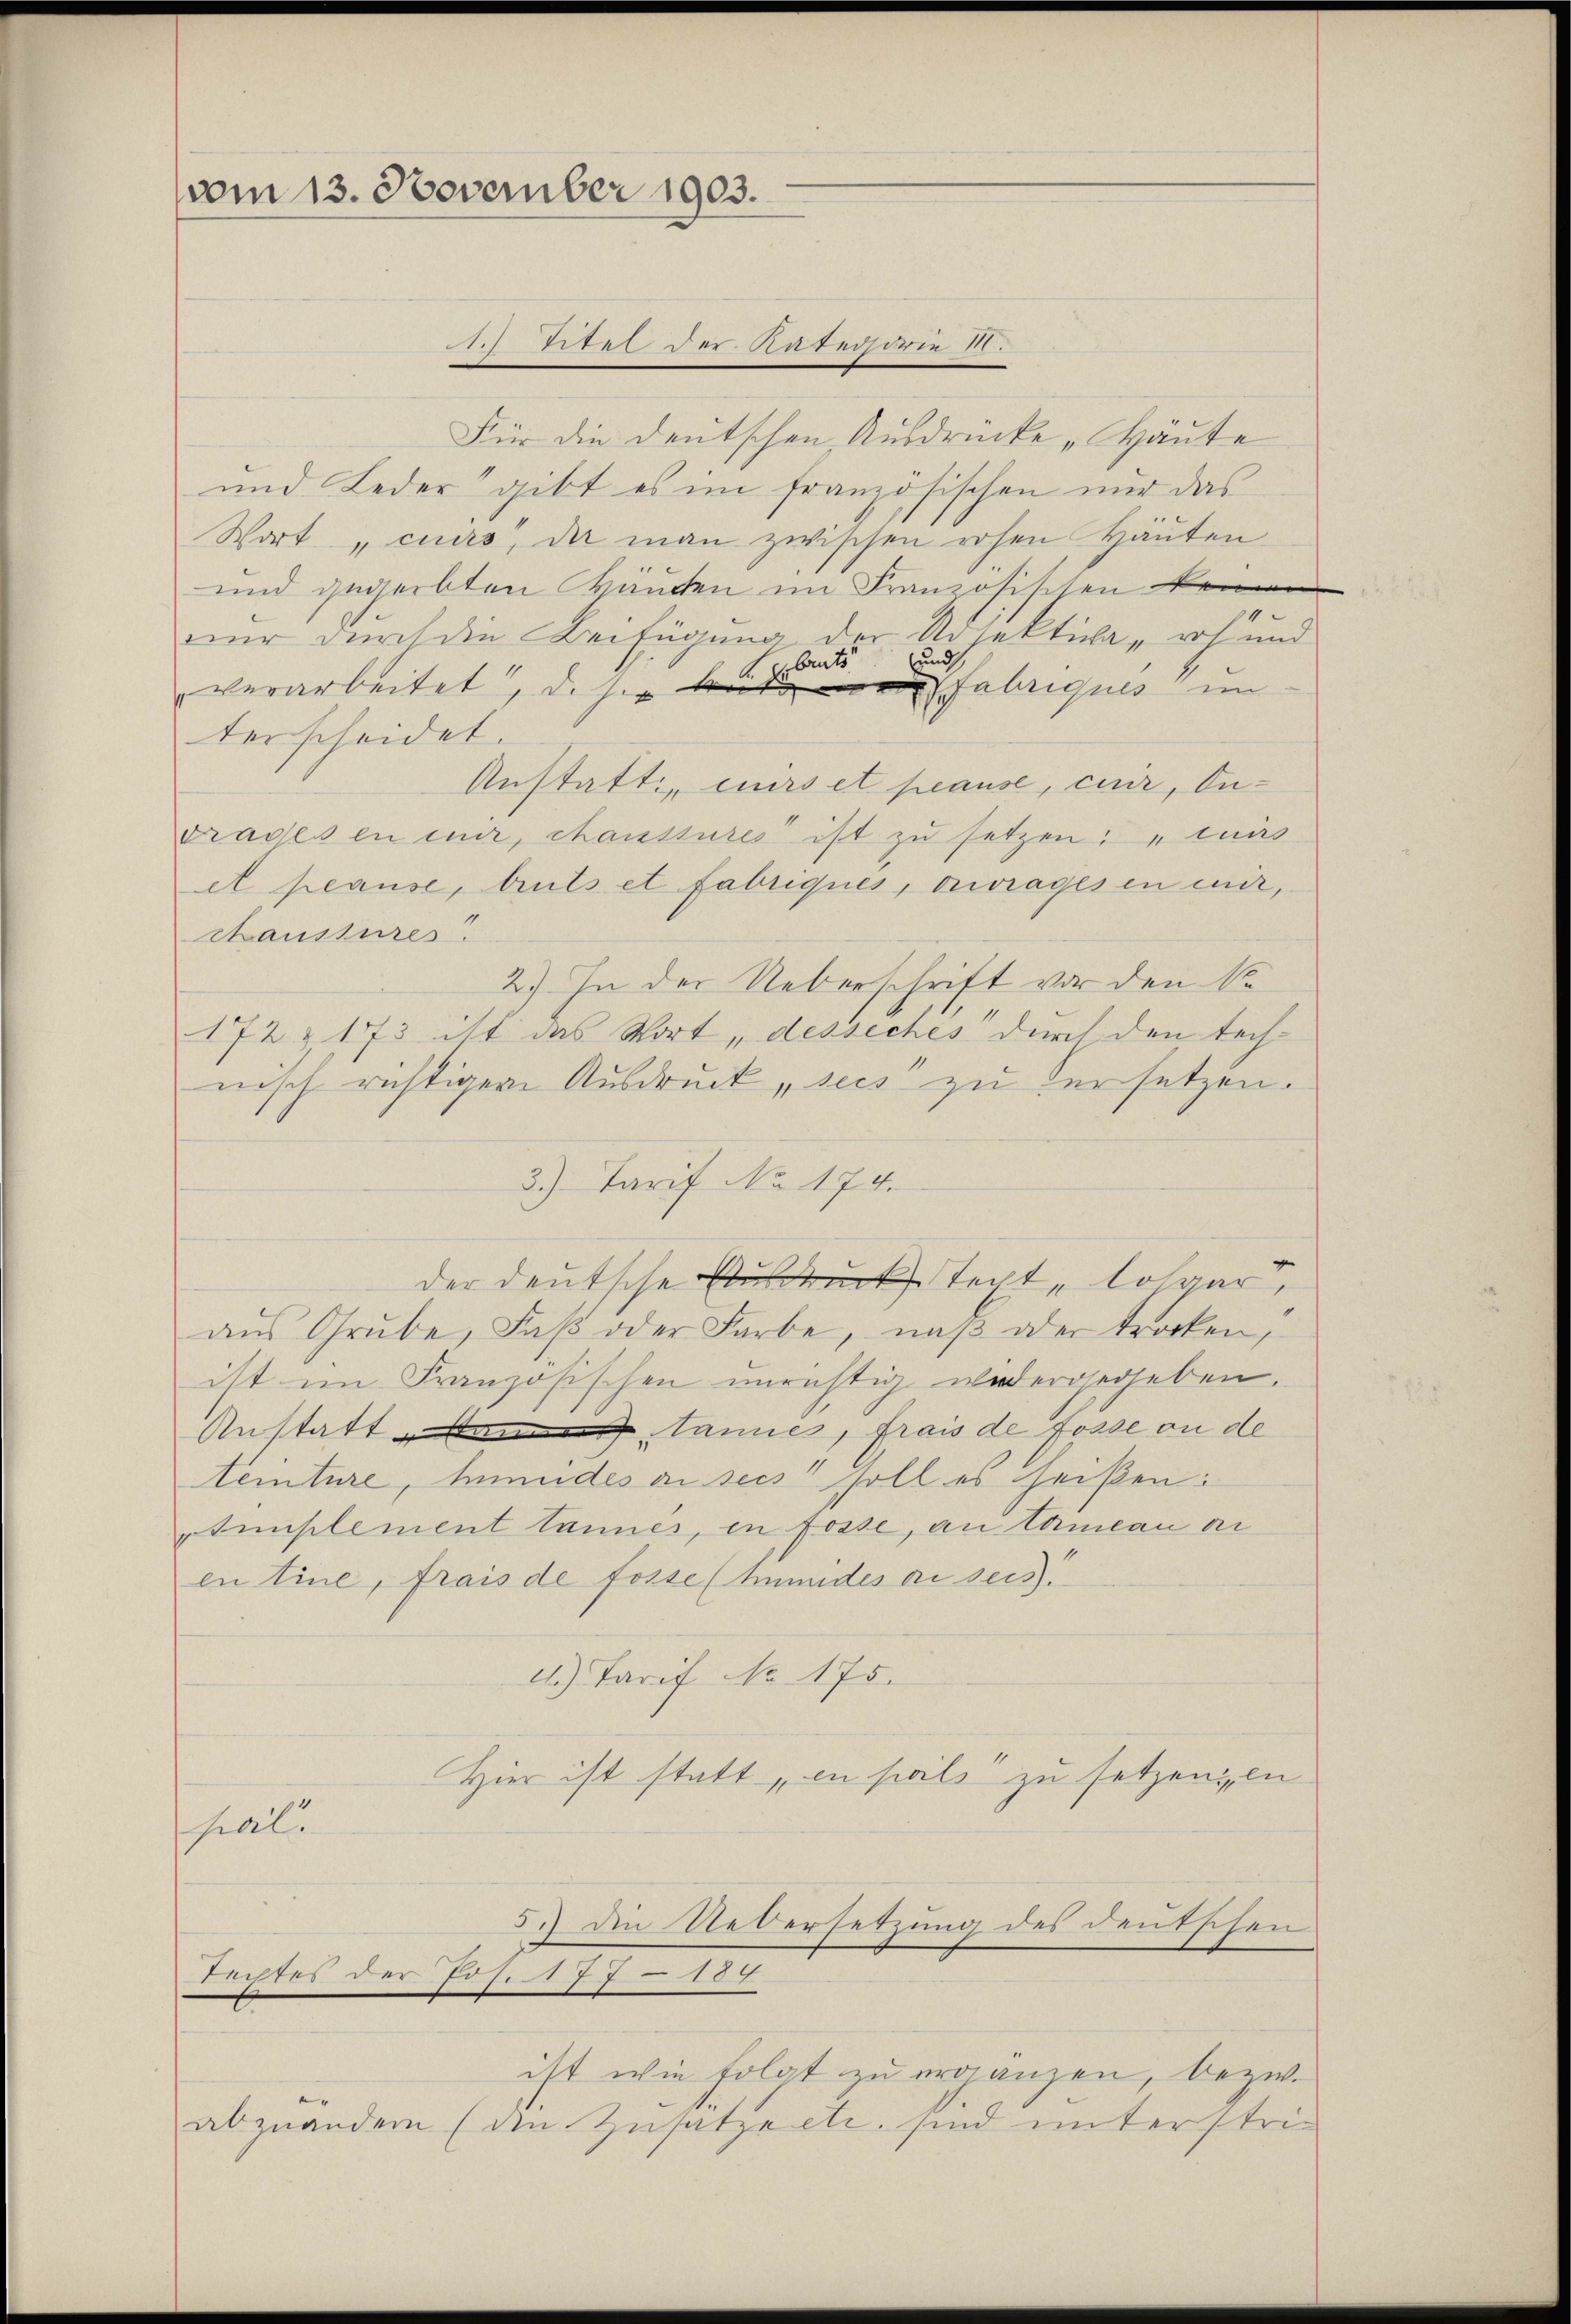
vom 13. November 1903.

Für die deutschen Ausdrücke „Häute
und Leder gibt es im französischen nur das
Wort „cuirs, da man zwischen rohen Häuten
und gegerbten Kräuten im Französischen keine
nur durch die Beifügung der Adjektive, roh und
verarbeitet, dieser begleits und
Fabriques im
terscheidet.
Anstatt mirs et plause, curir, Dudrades en mir, chanssures ist zu setzen las
et peause, tuts et fabriques, ouvrages in mir,
Chaussures
2.) In der Ueberschrift vor den No
172 § 173 ist das Wort „desseches durch den technisch richtigere Ausdruck, seis zu versetzen.
3.) Tarif No 174.
der deutsche Ausdruck Techt, losaar,
aŭs Grube, daβ oder Farbe, naβ oder trocken,
ist im Französischen unrichtig wiedergegeben.
Anstatt den Tannes, frais de fosse an de
temture, Mundes an seis soll es heißen:
Stumplement tannes, en fosse, an Toman an
en tine, frais de fosse (Mumides an seis
4.) Tarif No 175.
Hier ist statt „in hiels zu setzen, en

hial.

iie 205 n 7te 80.

5.) Die Uebersetzung des deutschen
Techtes der Jos. 177 – 189

ist wie folgt zu ergänzen, bezw.
abzuändern (die Zusatze etc. sind unterstrie